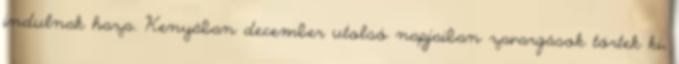
indulnak haza. Kenyában december utolsó napjaiban zavargások törtek ki,